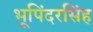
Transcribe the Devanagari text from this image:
भूपिंदरसिंह